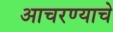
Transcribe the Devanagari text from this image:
आचरण्याचे